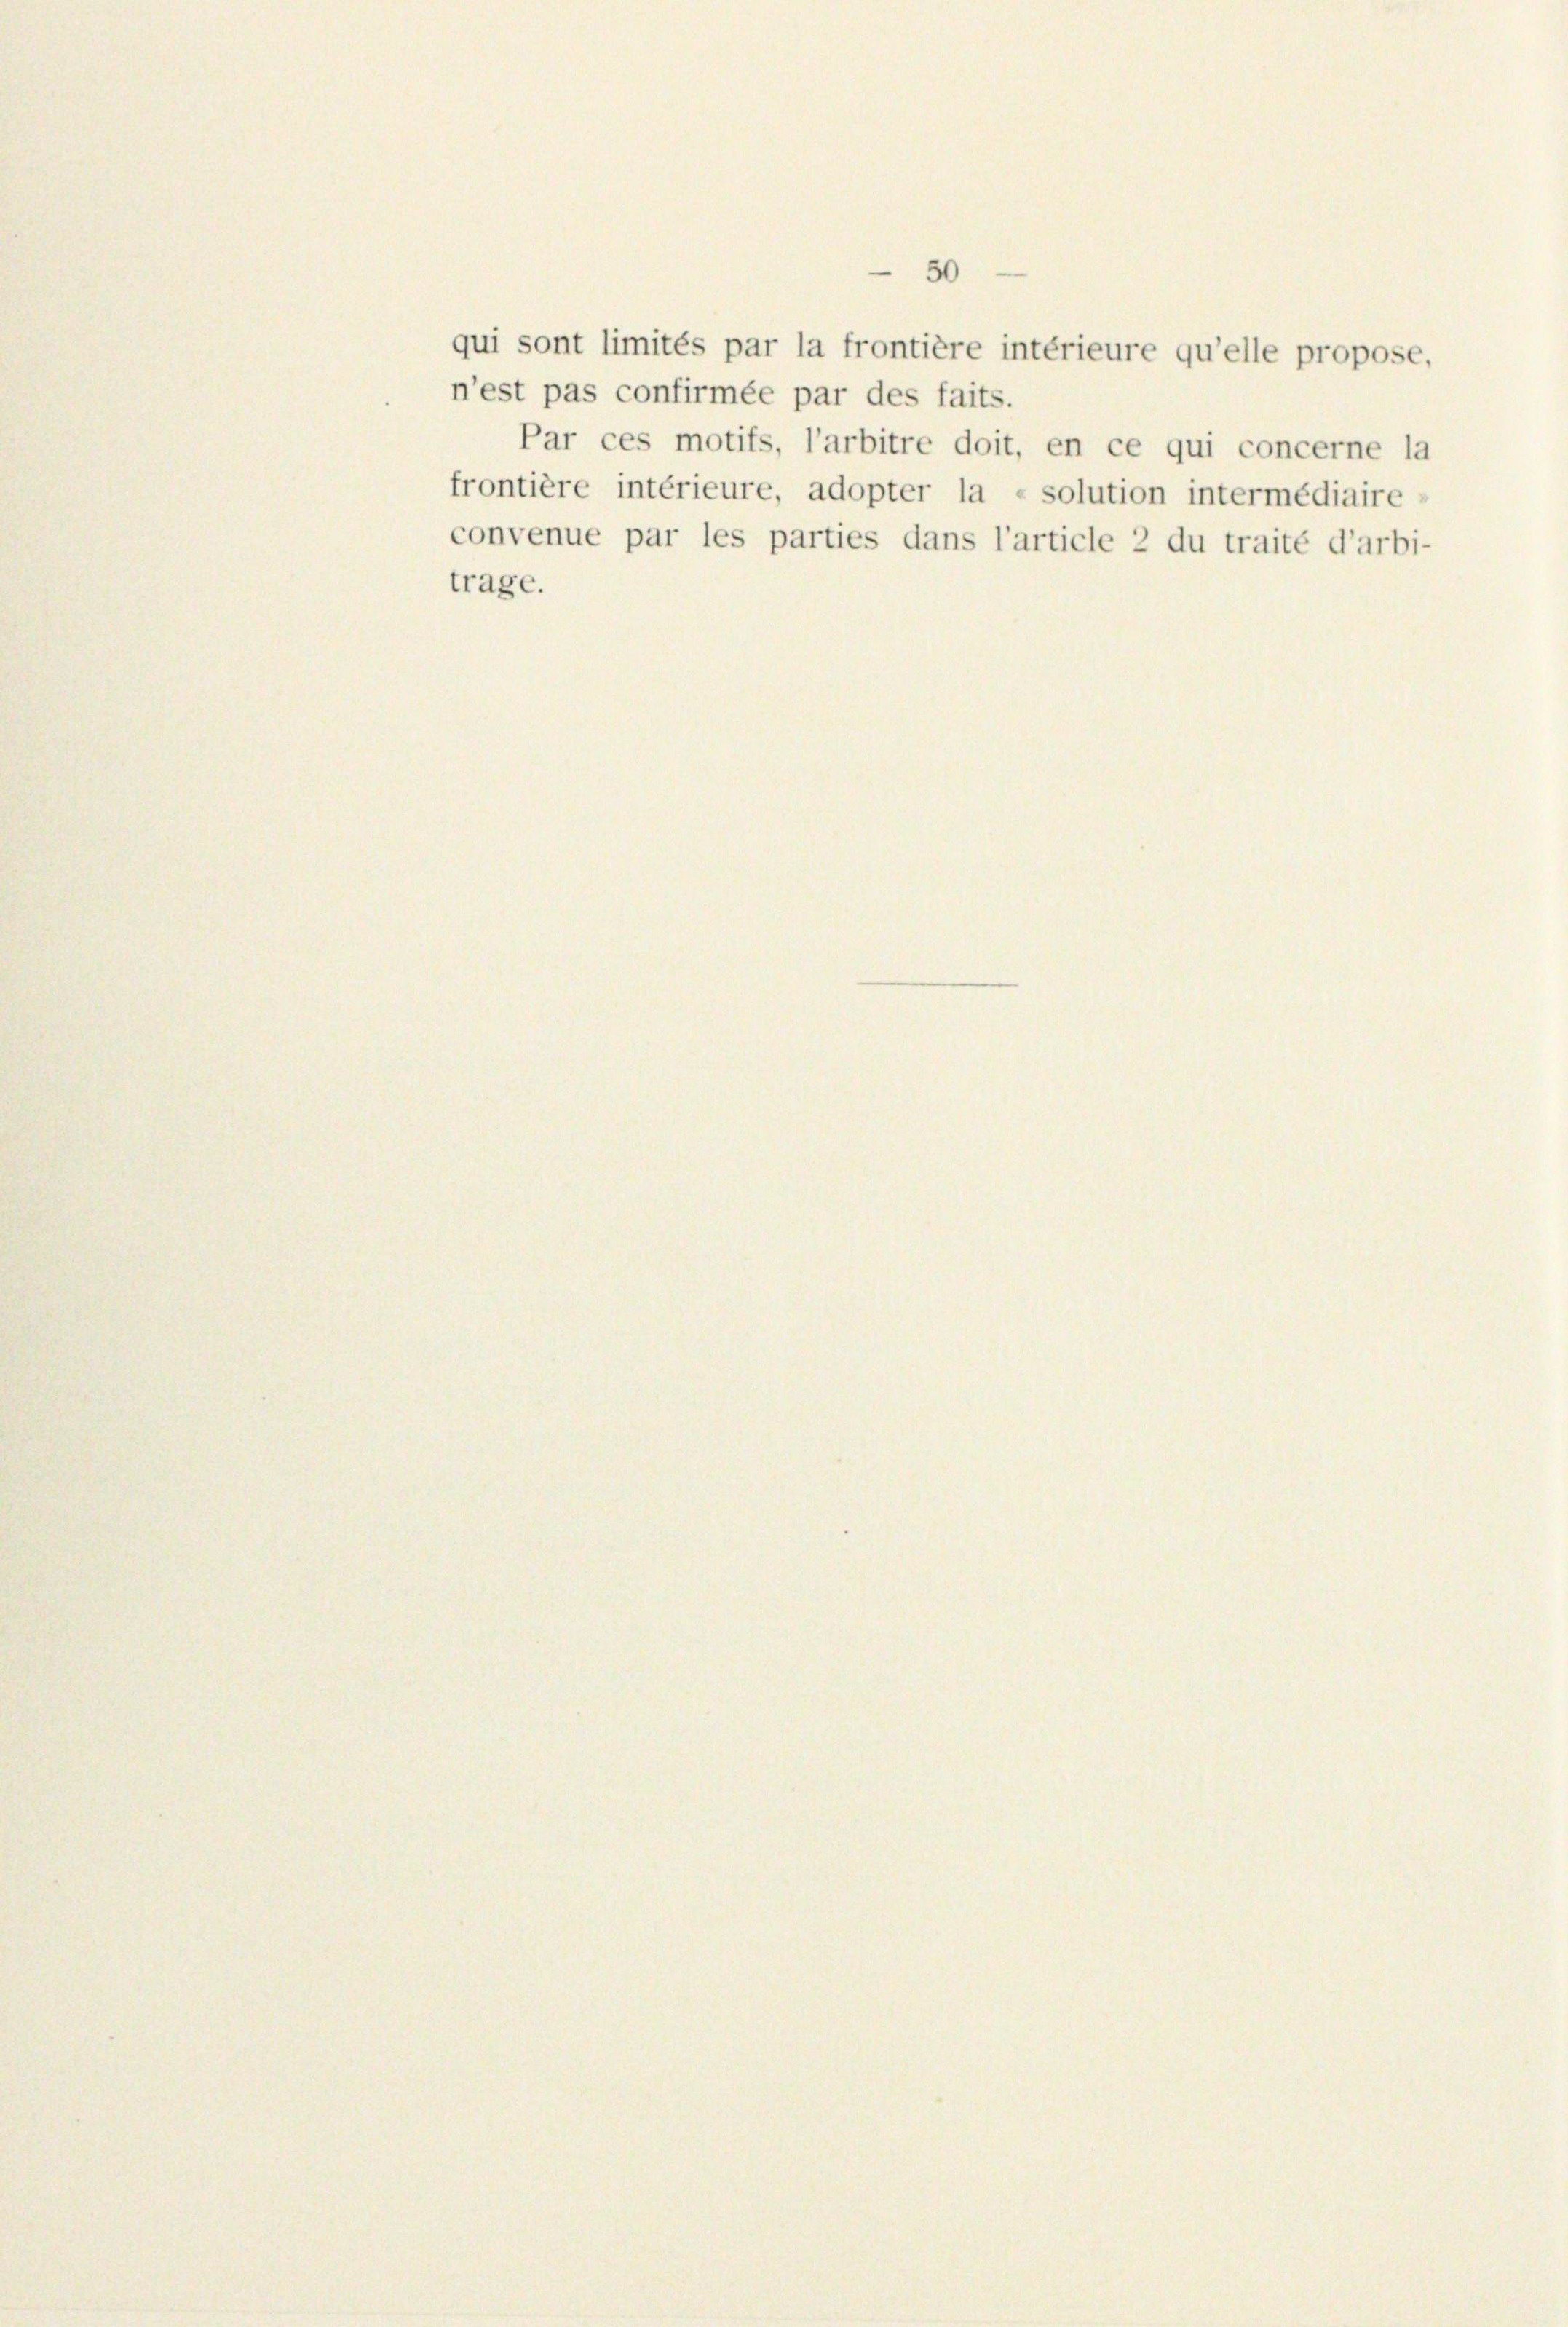
n’est pas confirmée par des faits.
Par ces motifs, l’arbitre doit, en ce qui concerne la
frontière intérieure, adopter la - solution intermédiaire,

convenue par les parties dans l’article 2 du traité d’arbi-
trage.

50
qui sont limités par la frontière intérieure qu’elle propose,